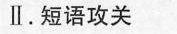
Ⅱ. 短语攻关